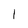
Character: 1